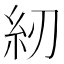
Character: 紉